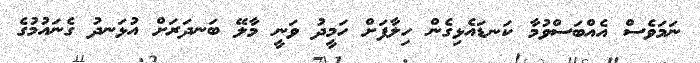
ނަމަވެސް އެއްބަސްވުމާ ކަނޑައެޅިގެން ހިލާފަށް ހަމީދު ވަނީ މާލޭ ބަނދަރަށް އުޅަނދު ގެނައުމުގެ